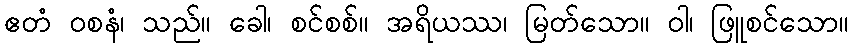
ဧတံ ဝစနံ၊ သည်။ ခေါ၊ စင်စစ်။ အရိယဿ၊ မြတ်သော။ ဝါ၊ ဖြူစင်သော။